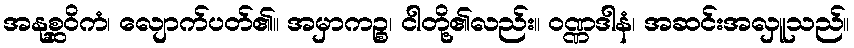
အနုစ္ဆဝိကံ၊ လျောက်ပတ်၏။ အမှာကဉ္စ၊ ငါတို့၏လည်း။ ဝဏ္ဏဒါနံ၊ အဆင်းအလှူသည်။